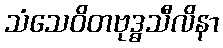
သံသေဝိတဗုဒ္ဓသီလိနာ